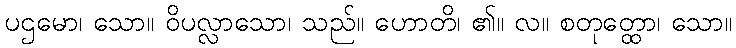
ပဌမော၊ သော။ ဝိပလ္လာသော၊ သည်။ ဟောတိ၊ ၏။ လ။ စတုတ္ထော၊ သော။